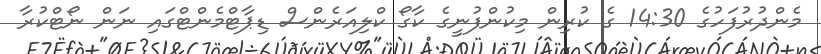
މެންދުރުފަހުގެ 14:30 ގެ ކުރިން މިކުންފުނީގެ ކާގޯ ކްލިއަރެންސް ޑިޕާޓްމެންޓްގައި ނަން ނޯޓްކުރާ